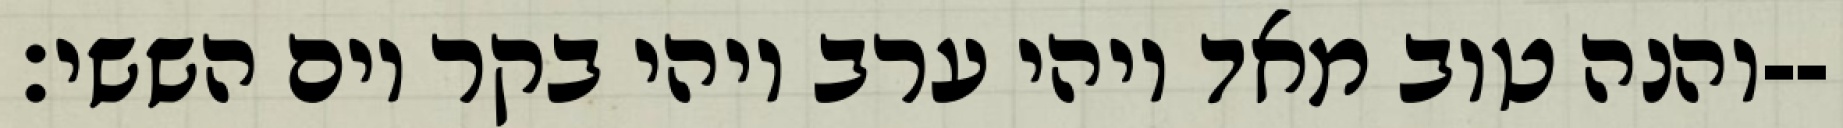
והנה טוב מאד ויהי ערב ויהי בקר יום הששי׃--